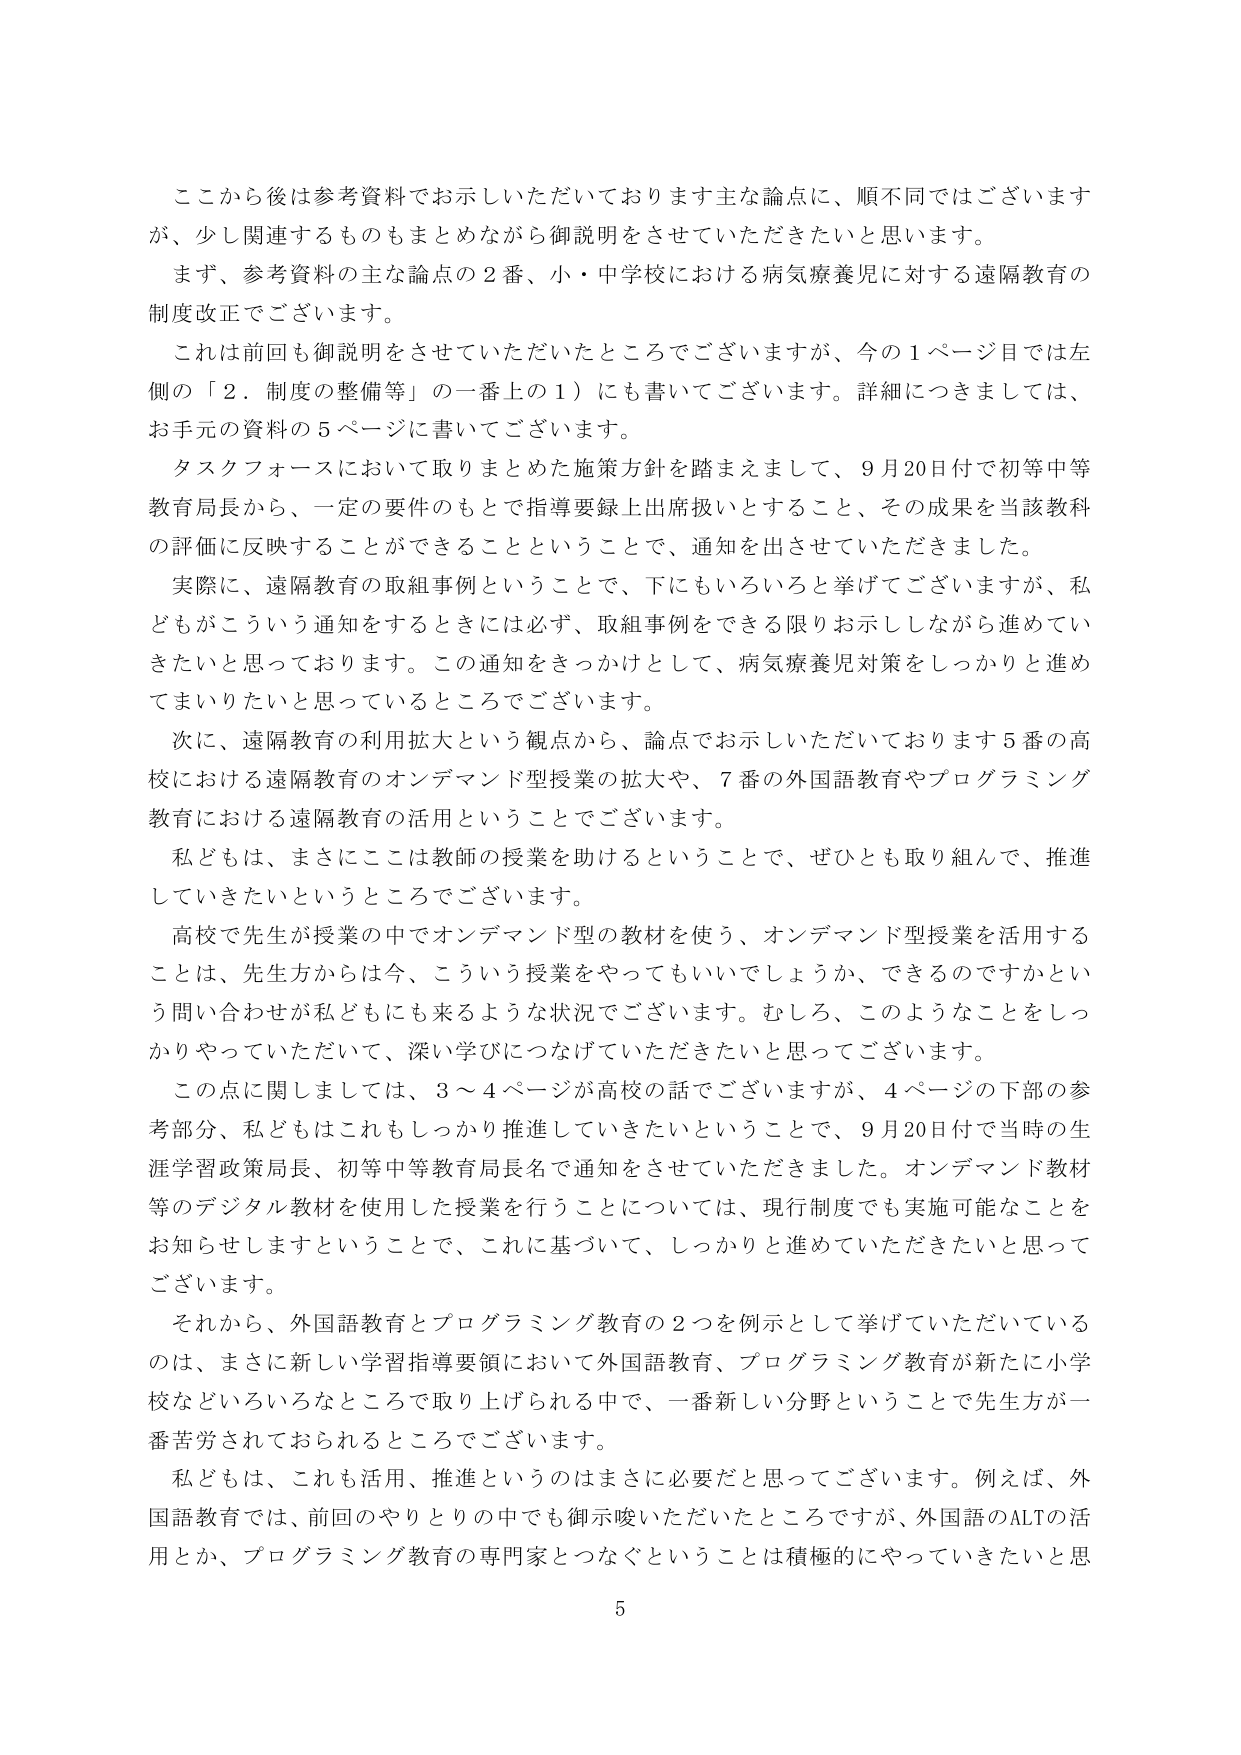
ここから後は参考資料でお示しいただいております主な論点に、順不同ではございますが、少し関連するものもまとめながら御説明をさせていただきたいと思います。

まず、参考資料の主な論点の２番、小・中学校における病気療養児に対する遠隔教育の制度改正でございます。

これは前回も御説明をさせていただいたところでございますが、今の１ページ目では左側の「２．制度の整備等」の一番上の１）にも書いてございます。詳細につきましては、お手元の資料の５ページに書いてございます。

タスクフォースにおいて取りまとめた施策方針を踏まえまして、９月20日付で初等中等教育局長から、一定の要件のもとで指導要録上出席扱いとすること、その成果を当該教科の評価に反映することができるということことで、通知を出させていただきました。

実際に、遠隔教育の取組事例ということで、下にもいろいろと挙げてございますが、私どもがこういう通知をするときには必ず、取組事例をできる限りお示ししながら進めていきたいと思っております。この通知をきっかけとして、病気療養児対策をしっかりと進めてまいりたいと思っているところでございます。

次に、遠隔教育の利用拡大という観点から、論点でお示しいただいております５番の高校における遠隔教育のオンデマンド型授業の拡大や、７番の外国語教育やプログラミング教育における遠隔教育の活用ということでございます。

私どもは、まさにここは教師の授業を助けるということで、ぜひとも取り組んで、推進していきたいというところでございます。

高校で先生が授業の中でオンデマンド型の教材を使う、オンデマンド型授業を活用することは、先生方からは今、こういう授業をやってもいいでしょうか、できるのですかという問い合わせが私どもにも来るような状況でございます。むしろ、このようなことをしっかりやっていただいて、深い学びにつなげていただきたいと思ってございます。

この点に関しましては、３～４ページが高校の話でございますが、４ページの下部の参考部分、私どもはこれもしっかり推進していきたいということで、９月20日付で当時の生涯学習政策局長、初等中等教育局長名で通知をさせていただきました。オンデマンド教材等のデジタル教材を使用した授業を行うことについては、現行制度でも実施可能なことをお知らせしますということで、これに基づいて、しっかりと進めていただきたいと思ってございます。

それから、外国語教育とプログラミング教育の２つを例示として挙げていただいているのは、まさに新しい学習指導要領において外国語教育、プログラミング教育が新たに小学校などいろいろなところで取り上げられる中で、一番新しい分野ということで先生方が一番苦労されておられるところでございます。

私どもは、これも活用、推進というのはまさに必要だと思ってございます。例えば、外国語教育では、前回のやりとりの中でも御示唆いただいたところですが、外国語のALTの活用とか、プログラミング教育の専門家とつなぐということは積極的にやっていきたいと思

5